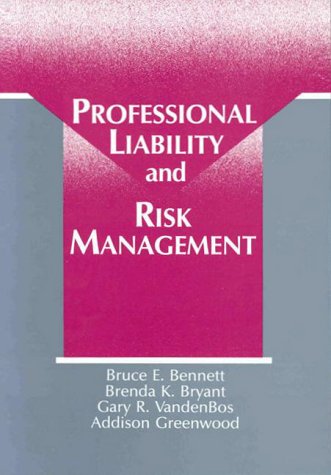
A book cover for Professional Liability and Risk Management; Bennett; Business & Money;